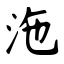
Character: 沲